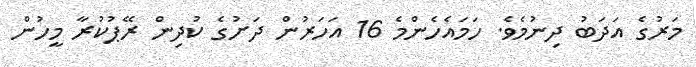
މަރުގެ އަދަބު ދިނުމެވެ. ހަމައެހެންމެ 16 އަހަރުން ދަށުގެ ކުދިން ރޭޕުކުރާ މީހުން